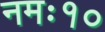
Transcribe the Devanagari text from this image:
नमः१०